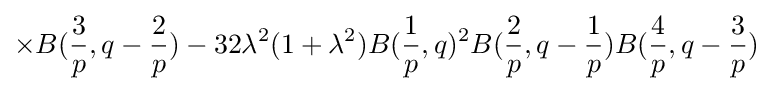
\times B({\frac {3}{p}},q-{\frac {2}{p}})-32\lambda ^{2}(1+\lambda ^{2})B({\frac {1}{p}},q)^{2}B({\frac {2}{p}},q-{\frac {1}{p}})B({\frac {4}{p}},q-{\frac {3}{p}})